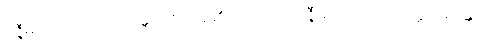
ဝဇ္ဇီမင်းတို့သည်။ (သန္တိ၊ ဖြစ်ကုန်၏။) တေ၊ ထိုဝဇ္ဇီမင်းတို့ကို။ သက္ကရိဿန္တိ၊